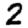
Digit: 2